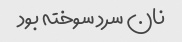
نان سرد سوخته بود